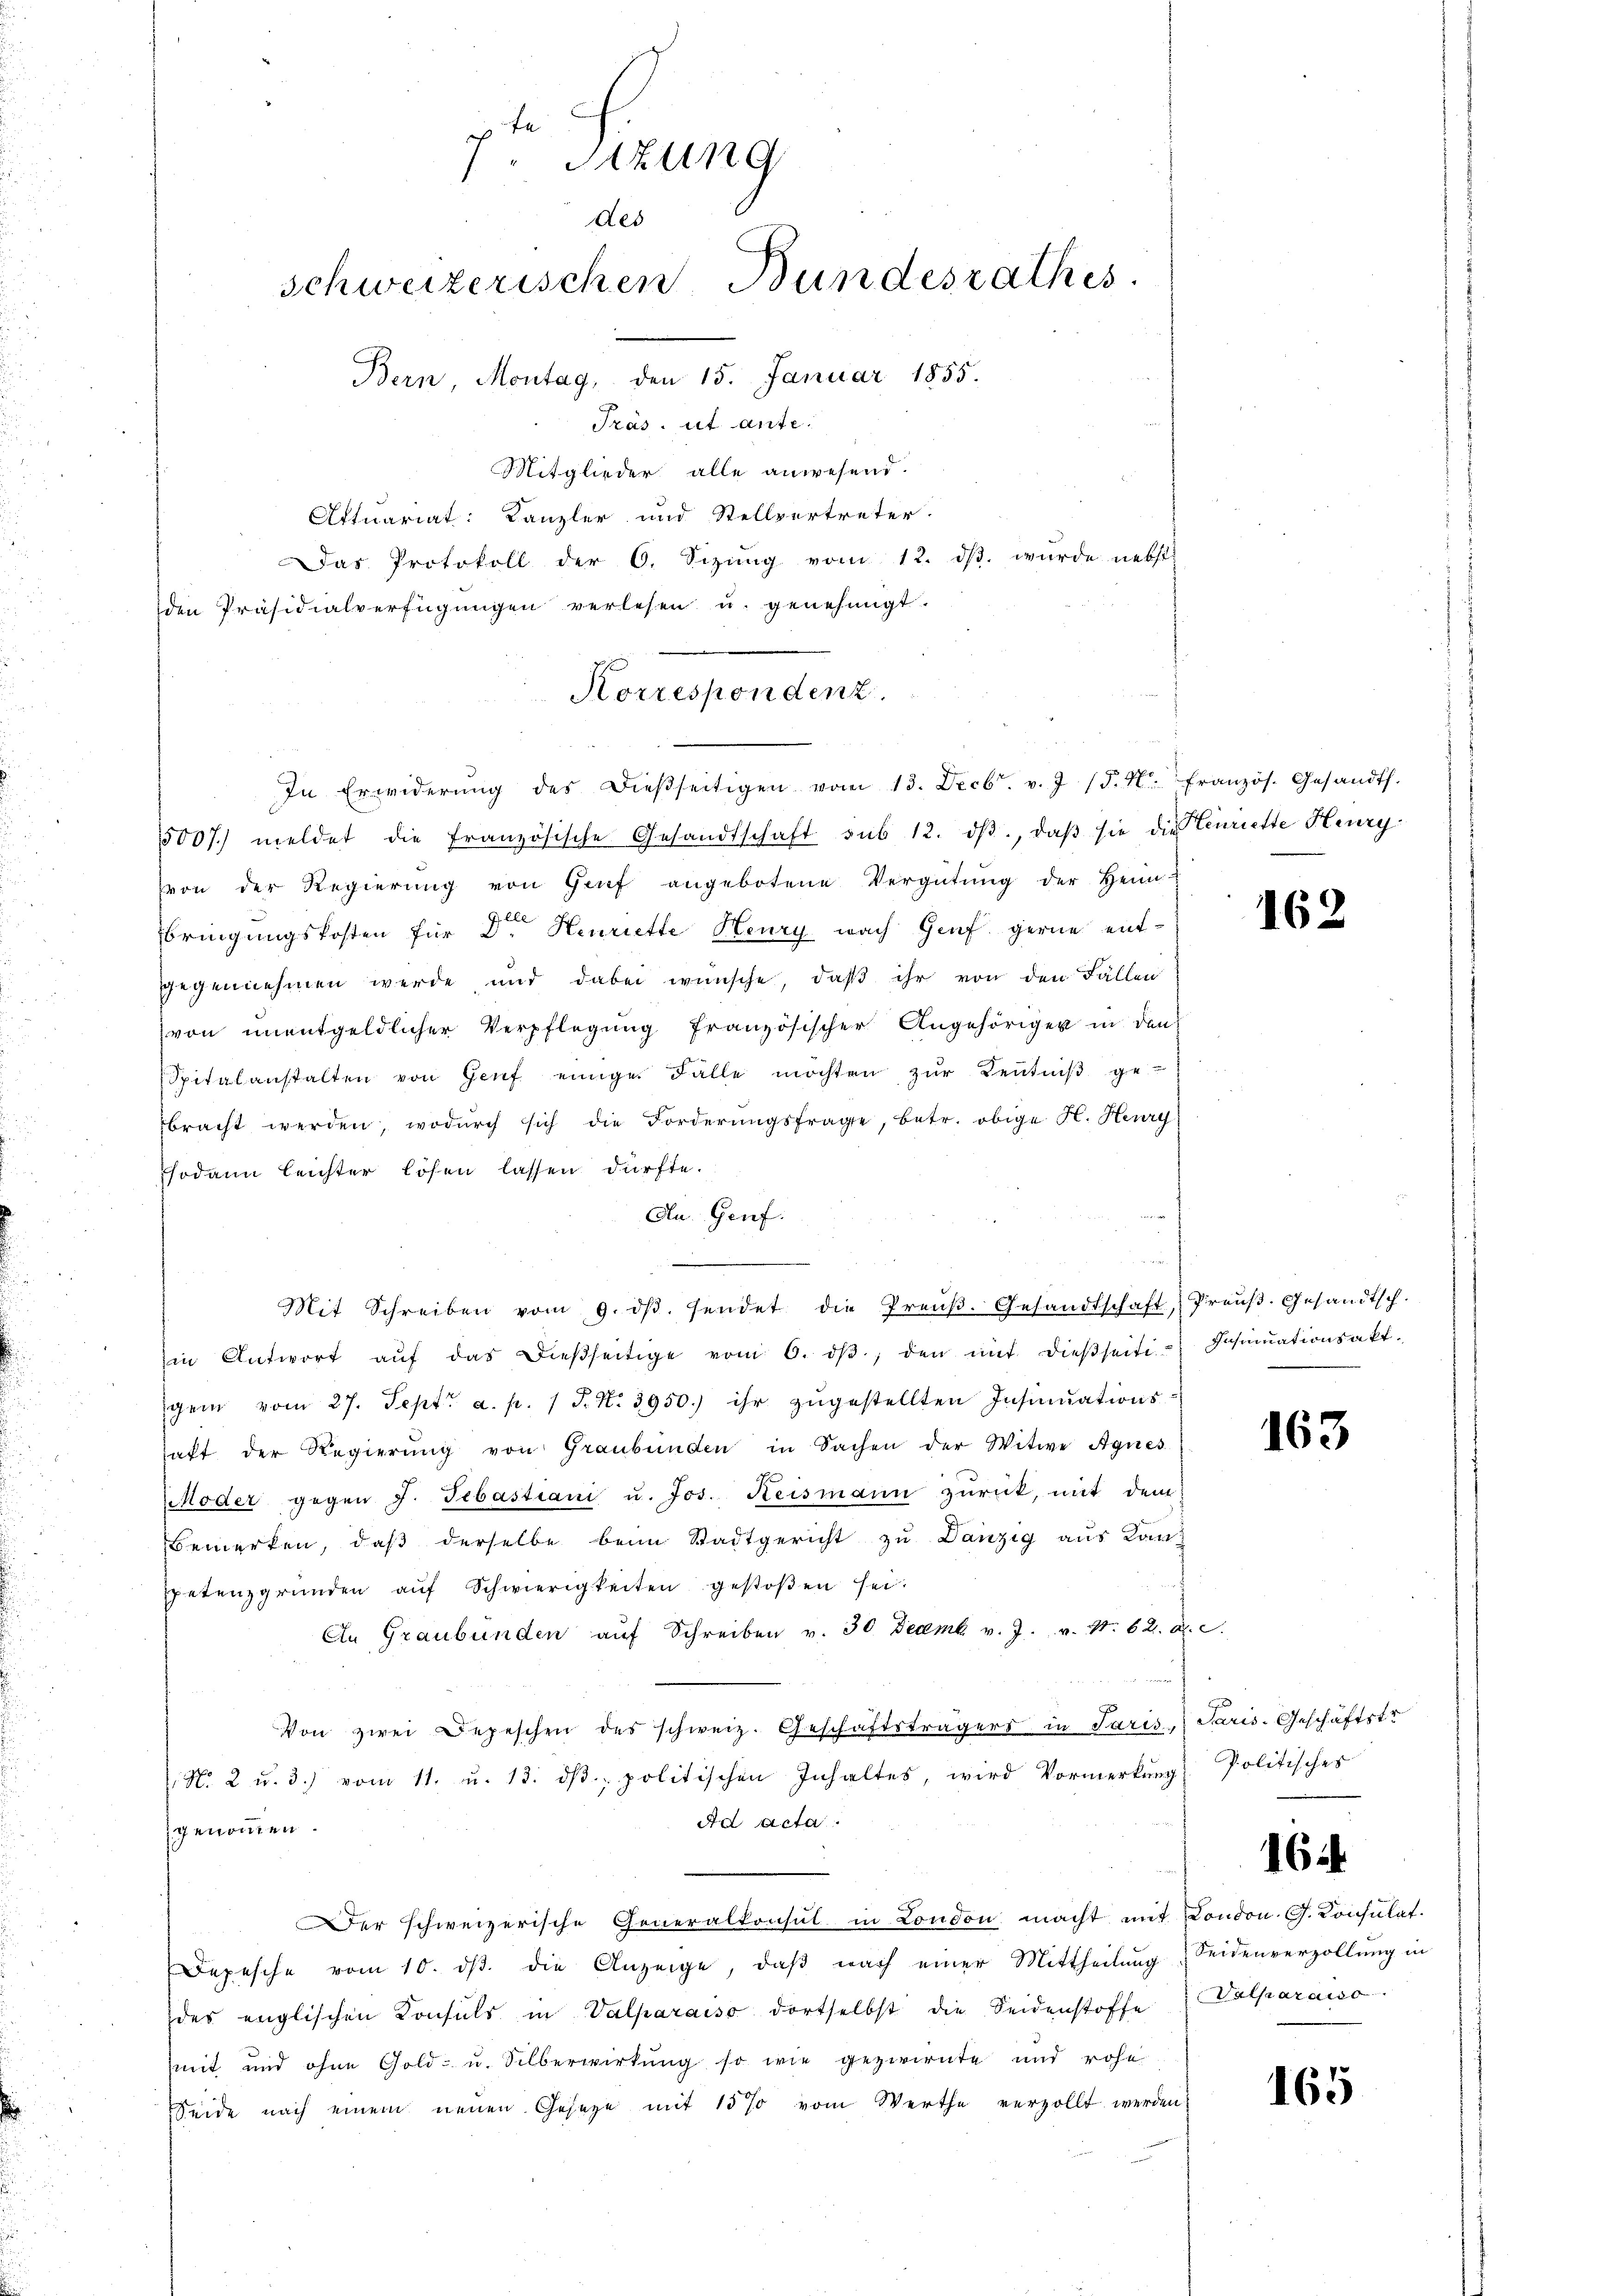
te
Sitzung
des
schweizerischen Bundesrathes
Bern, Montag, den 15. Januar 1855.
Träs. ut ante.

Mitglieder alle anwesend.
Attuariat: Kanzler und Stellvertreter.
Das Protokoll der 6. Sizig vom 12. dβ. wurde nebst
den Präsidialverfügungen verlesen u. genehmigt.

Korrespondent.
In Erwiderŭng des dießseitigen vom 13. Decbr. v. J. (§. 4. Französ. Gesandts.

5007. meldet die französische Gesandtschaft sub 12. dβ, daβ sie die Lenriette Flury
von der Regierŭng von Genf angebotene Vergütŭng der Heim-
bringungskosten für Dr. Henriette Henry nach Genf. gerne entgegennehmen werde, und dabei wünsche, daβ ihr von den Fällen
von ŭnentgeldlicher Verpflegŭng französischer Angehöriger in den
Spitalanstalten von Genf einige Fälle möchten zŭr Bentniβ ge
bracht werden, wodŭrch sich die Forderungsfrage, betr. obige H. Hury
sodann leichter lösen lassen dürfte.
Du Genf.
Mit Schreiben vom 9. dβ. sendet die Preŭβ. Gesandtschaft, Preŭβ. Gesandtsch.
in Antwort aŭf das dieβseitige vom 6. dβ, den mit dießseiti- Insinuationsakt.
gem vom 27. Sept. a. p. 1 S. N. 3950.) ihr zŭgestellten Insinuations-
haft der Regierŭng von Graubünden in Sachen der Witwe Agnes
Moder gegen J. Sebastiani u. Jos. Reismann zurück, mit dem
Bemerken, daβ derselbe beim Stadtgericht zu Danzig aus Kanz
petenzgründen aŭf Schwierigkeiten gestoβen sei.
An Graubünden aŭf Schreiben v. 30 Decemb. v. J. v. 11. 62. a. c.
Von zwei Depeschen des schweiz. Geschäftsträgers in Paris Paris. Geschäftstr
No. 2 u. 3) vom 11. u. 13. dβ. politischen Inhaltes, wird Vormerkung
Ad acta.
genommen.
er schweizerische Generalkonsul in London macht mit London G. Consulat.
Depesche vom 10. dβ die Anzeige, daβ nach einer Mittheilung Seidenverzollung in
des englischen Konsuls in Valparaiso dortselbst die Seidenstoffe Valparaiso
mit und ohne Gold- u. Silberwirkŭng so wie gezwirnte und rohe
Seide nach einem neuen Gesetze mit 15% vom Werthe verzollt werden

162

163

Politisches

16.

165